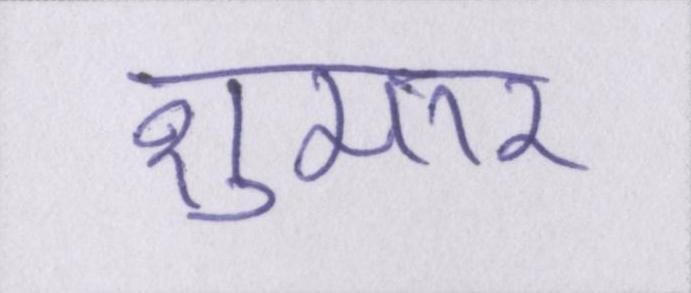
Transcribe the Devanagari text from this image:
शुमार